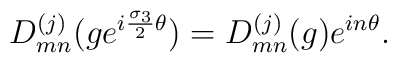
D^{(j)}_{mn}(ge^{i{{\sigma}_3\over 2}{\theta}})=D^{(j)}_{mn}(g)e^{in{\theta}}.